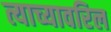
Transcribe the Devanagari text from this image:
त्याच्यावरिल